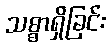
သစ္စာရှိခြင်း